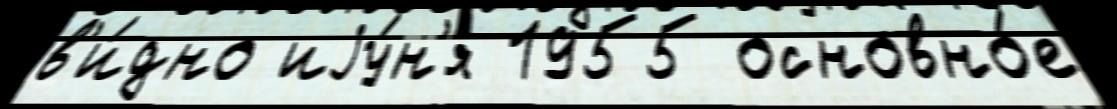
в'и́дно иjу́н'я 1955 основно́е